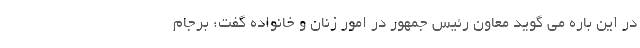
در این باره می گوید معاون رئیس جمهور در امور زنان و خانواده گفت: برجام